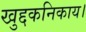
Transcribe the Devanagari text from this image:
खुद्दकनिकाय।